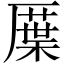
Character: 𠪸